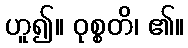
ဟူ၍။ ဝုစ္စတိ၊ ၏။